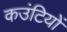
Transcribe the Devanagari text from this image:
कउंटियों